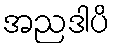
အညဒါပိ